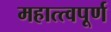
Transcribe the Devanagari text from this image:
महात्त्वपूर्ण